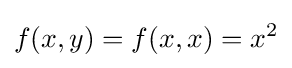
f(x,y)=f(x,x)=x^{2}